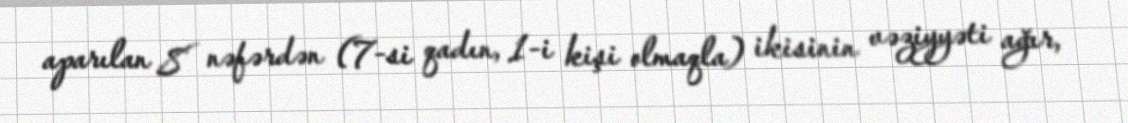
aparılan 8 nəfərdən (7-si qadın, 1-i kişi olmaqla) ikisinin vəziyyəti ağır,